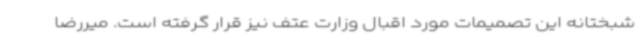
شبختانه این تصمیمات مورد اقبال وزارت عتف نیز قرار گرفته است. میررضا